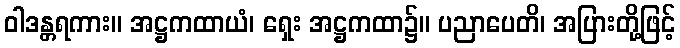
ဝါဒန္တရကား။ အဋ္ဌကထာယံ၊ ရှေး အဋ္ဌကထာ၌။ ပညာပေတိ၊ အပြားတို့ဖြင့်